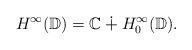
LaTeX: \begin{align*}H^{\infty}(\mathbb{D}) = \mathbb{C} \dotplus H^{\infty}_{0}(\mathbb{D}).\end{align*}